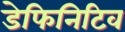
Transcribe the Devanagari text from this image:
डेफिनिटिव